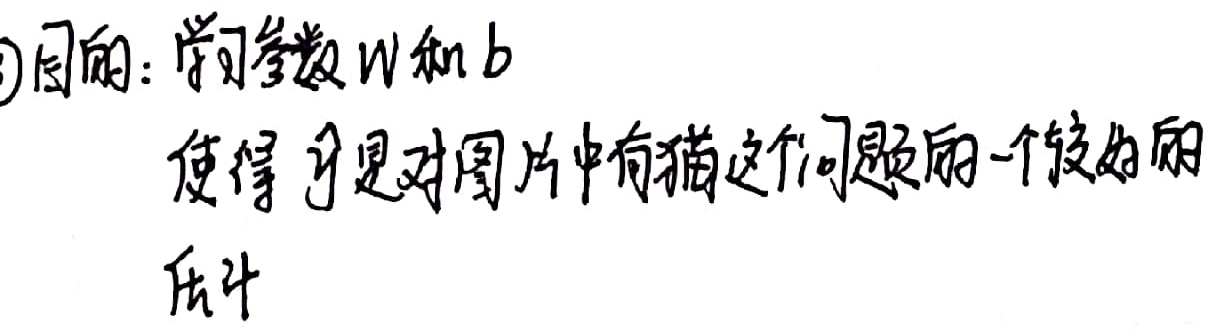
\textcircled{1}目的：学习参数\(W\)和\(b\)使得\(\hat{y}\)是对图片中有猫这个问题的一个较好的估计